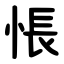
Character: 悵